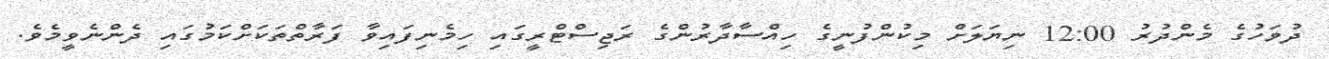
ދުވަހުގެ މެންދުރު 12:00 ނިޔަލަށް މިކުންފުނީގެ ހިއްސާދާރުންގެ ރަޖިސްޓްރީގައި ހިމެނިފައިވާ ފަރާތްތަކަށްކަމުގައި ދެންނެވީމެވެ.